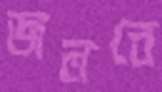
জলবে